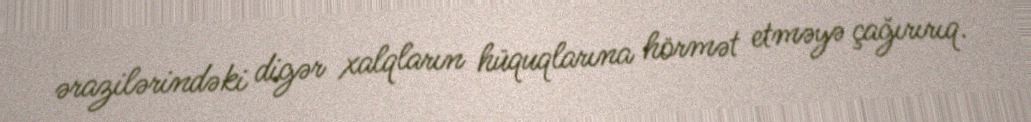
ərazilərindəki digər xalqların hüquqlarına hörmət etməyə çağırırıq.